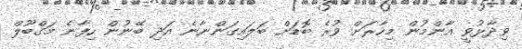
ވިދާޅުވީ އާންމުން މިހާރަށް ވުރެ ބޮޑަށް ބަލައިގަންނާނެ އަދި ބޭނުން ހިފާނެ މަގްބޫލް